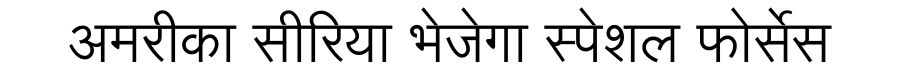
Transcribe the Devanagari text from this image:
अमरीका सीरिया भेजेगा स्पेशल फोर्सेस